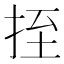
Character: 挃